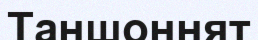
Таншоннят